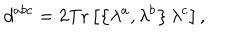
d ^ { a b c } = 2 \mathrm { T r } \left[ \left\{ \lambda ^ { a } , \lambda ^ { b } \right\} \lambda ^ { c } \right] ,